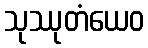
သုဿုတံယေဝ